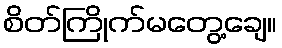
စိတ်ကြိုက်မတွေ့ချေ။